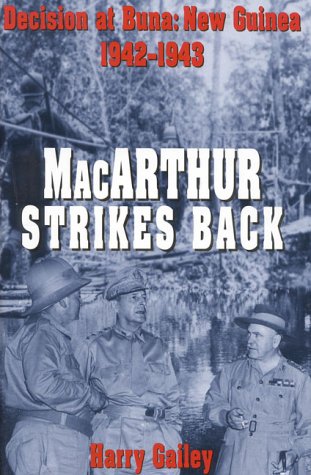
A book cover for MacArthur Strikes Back; Harry Gailey; History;